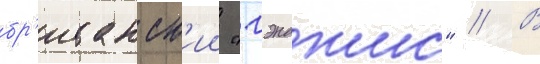
бр'итанск'ии "гэнджис" // В